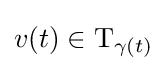
v(t)\in \mathrm {T} _{\gamma (t)}